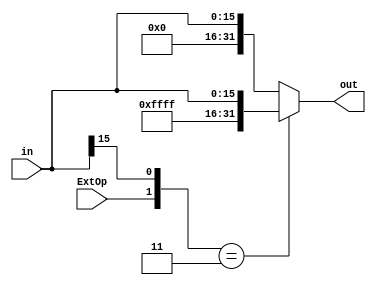
 module SignExtender(out, in, ExtOp);
	output reg [31:0] out;
	input   [15:0] in;
	input ExtOp;

always@* begin
	casez({ExtOp, in[15]})
		2'b11: 	out = {16'hffff , in};
		default: out = {16'h0000 , in};
	endcase
end
		
endmodule